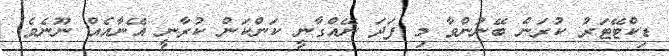
ޑިކްޓޭޓަރު ކުރަން ބޭނުންވާ މި ފަދަ ނޭއްގާނީ ކަންކަން ކުރާނީ އޭނާއެއް ނޫނެވެ.